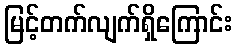
မြင့်တက်လျက်ရှိကြောင်း